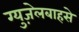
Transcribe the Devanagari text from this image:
ग्युज़ेलबाहसे